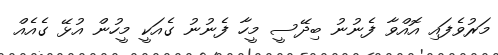
މަރުވެފައި އޮއްވާ ފެނުނު ބިދޭސީ މީހާ ފެނުނު ގެއަކީ މީހުން އުޅޭ ގެއެއް